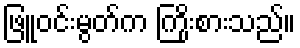
ဖြူဝင်းမွတ်က ကြိုးစားသည်။